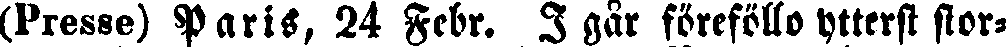
(Presse) Paris, 24 Febr. I går föreföllo ytterst stor-